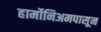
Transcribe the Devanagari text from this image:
हार्मोनिअमपासून